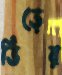
ভিড়ের